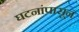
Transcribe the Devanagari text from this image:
घटनांपासून